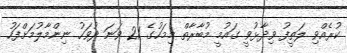
ކުރެއްވި ލަތީފު ވިދާޅުވީ ގައުމީ މުބާރާތް މިމަހުގެ 21 ވަނަ ދުވަހު ނިންމާލުމަށްފަހު